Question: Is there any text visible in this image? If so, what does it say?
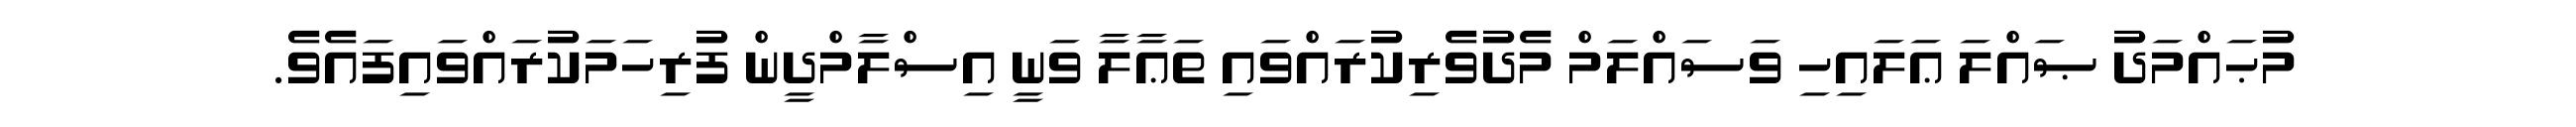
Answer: މުޙައްމަދު ޞައްލަ ޢަލައިހި ވަސައްލަމް މެދުވެރިކުރައްވައި ތަޢާލާ ވަނީ އިސްލާމްދީން ފުރިހަމަކުރައްވައިފައެވެ.